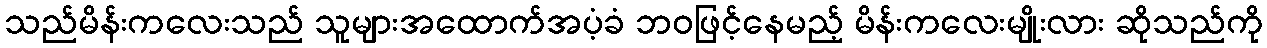
သည်မိန်းကလေးသည် သူများအထောက်အပံ့ခံ ဘဝဖြင့်နေမည့် မိန်းကလေးမျိုးလား ဆိုသည်ကို